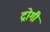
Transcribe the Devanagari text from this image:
द्रोगी